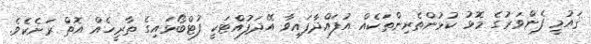
ޤައުމީ ފެންވަރުގެ މޮޅު ކުޅުންތެރިންތަކެއް އުފައްދާފައިވާ އޭދަފުއްޓަކީ ފުޓްބޯޅައިގެ ތާރީޚެއް އޮތް ރަށެކެވެ.